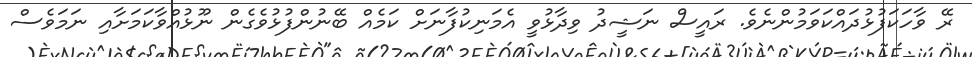
ރޭ ވާހަކަފުޅުދައްކަވަމުންނެވެ. ރައީސް ނަޝީދު ވިދާޅުވީ އެމަނިކުފާނަށް ކަމެއް ބޭނުންފުޅުވެގެން ނޫޅުއްވާކަމަށާއި ނަމަވެސް